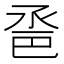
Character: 𢀿